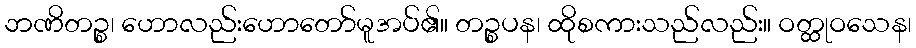
ဘဏိတဉ္စ၊ ဟောလည်းဟောတော်မူအပ်၏။ တဉ္စပန၊ ထိုစကားသည်လည်း။ ဝတ္ထုဝသေန၊